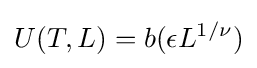
U(T,L)=b(\epsilon L^{1/\nu })